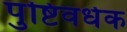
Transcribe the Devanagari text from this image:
पुष्टिवर्धक